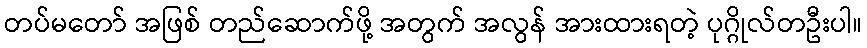
တပ်မတော် အဖြစ် တည်ဆောက်ဖို့ အတွက် အလွန် အားထားရတဲ့ ပုဂ္ဂိုလ်တဦးပါ။